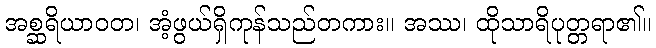
အစ္ဆရိယာဝတ၊ အံ့ဖွယ်ရှိကုန်သည်တကား။ အဿ၊ ထိုသာရိပုတ္တရာ၏။